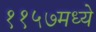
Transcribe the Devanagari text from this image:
११५७मध्ये